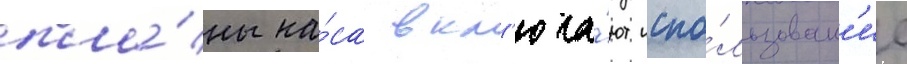
пла́ны на́са вкл'юча́ют испо́льзован'ие